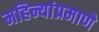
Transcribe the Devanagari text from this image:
महिन्यांप्रमाणे